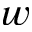
w